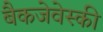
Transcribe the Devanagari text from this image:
बैकजेवेस्की